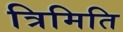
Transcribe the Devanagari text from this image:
त्रिमिति